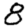
Digit: 8